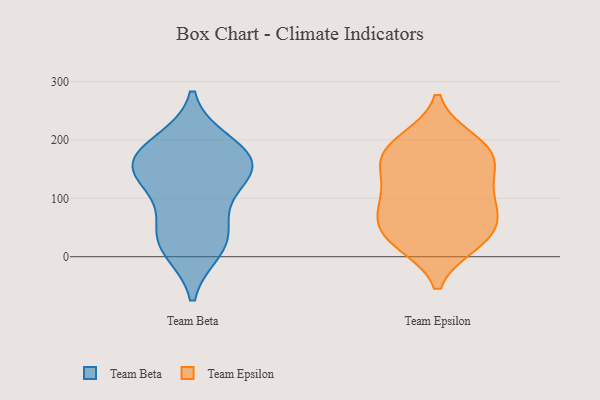
{"axis": {"x": "Gross Profit (USD K)", "y": "Value"}, "legend": ["Team Beta", "Team Epsilon"], "data": [{"x": "", "y": 140, "type": "Team Beta"}, {"x": "", "y": 168, "type": "Team Beta"}, {"x": "", "y": 35, "type": "Team Beta"}, {"x": "", "y": 195, "type": "Team Beta"}, {"x": "", "y": 130, "type": "Team Beta"}, {"x": "", "y": 23, "type": "Team Beta"}, {"x": "", "y": 13, "type": "Team Beta"}, {"x": "", "y": 148, "type": "Team Beta"}, {"x": "", "y": 157, "type": "Team Beta"}, {"x": "", "y": 183, "type": "Team Beta"}, {"x": "", "y": 70, "type": "Team Beta"}, {"x": "", "y": 60, "type": "Team Epsilon"}, {"x": "", "y": 157, "type": "Team Epsilon"}, {"x": "", "y": 179, "type": "Team Epsilon"}, {"x": "", "y": 101, "type": "Team Epsilon"}, {"x": "", "y": 29, "type": "Team Epsilon"}, {"x": "", "y": 198, "type": "Team Epsilon"}, {"x": "", "y": 167, "type": "Team Epsilon"}, {"x": "", "y": 24, "type": "Team Epsilon"}, {"x": "", "y": 98, "type": "Team Epsilon"}, {"x": "", "y": 56, "type": "Team Epsilon"}, {"x": "", "y": 31, "type": "Team Epsilon"}, {"x": "", "y": 91, "type": "Team Epsilon"}, {"x": "", "y": 143, "type": "Team Epsilon"}, {"x": "", "y": 192, "type": "Team Epsilon"}]}